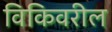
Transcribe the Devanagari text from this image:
विकिवरील